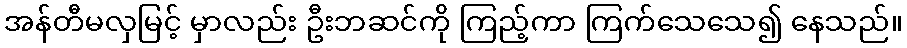
အန်တီမလှမြင့် မှာလည်း ဦးဘဆင်ကို ကြည့်ကာ ကြက်သေသေ၍ နေသည်။